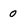
Character: 0